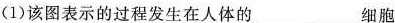
(1)该图表示的过程发生在人体的___细胞